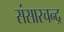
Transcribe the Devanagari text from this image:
संसारचन्द्र